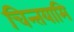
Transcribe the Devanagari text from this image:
चिन्तयामि